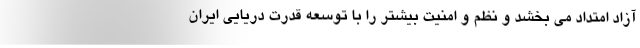
آزاد امتداد می بخشد و نظم و امنیت بیشتر را با توسعه قدرت دریایی ایران